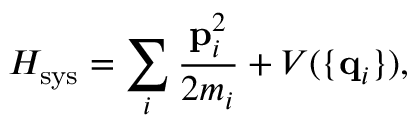
H _ { \mathrm { s y s } } = \sum _ { i } { \frac { { \bf p } _ { i } ^ { 2 } } { 2 m _ { i } } } + V ( \{ { \bf q } _ { i } \} ) ,